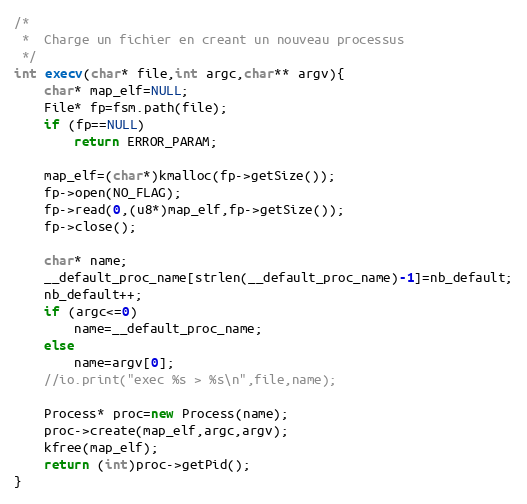
Language: C++
/*
 *	Charge un fichier en creant un nouveau processus
 */
int execv(char* file,int argc,char** argv){
	char* map_elf=NULL;
	File* fp=fsm.path(file);
	if (fp==NULL)
		return ERROR_PARAM;

	map_elf=(char*)kmalloc(fp->getSize());
	fp->open(NO_FLAG);
	fp->read(0,(u8*)map_elf,fp->getSize());
	fp->close();

	char* name;
	__default_proc_name[strlen(__default_proc_name)-1]=nb_default;
	nb_default++;
	if (argc<=0)
		name=__default_proc_name;
	else
		name=argv[0];
	//io.print("exec %s > %s\n",file,name);

	Process* proc=new Process(name);
	proc->create(map_elf,argc,argv);
	kfree(map_elf);
	return (int)proc->getPid();
}